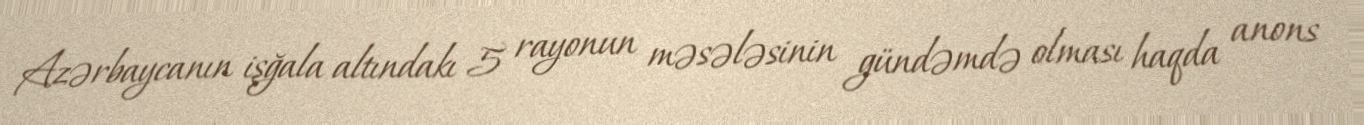
Azərbaycanın işğala altındakı 5 rayonun məsələsinin gündəmdə olması haqda anons